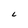
Character: l